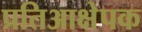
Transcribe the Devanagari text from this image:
प्रतिआक्षेपक